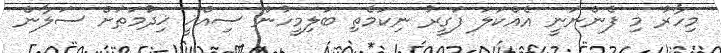
މިހާރު މި ފެންނަނީ އެއްކަލަ ފަގީރު ނިކަމެތި ބަލިމީހުން ސިއްޚީ ޚިދުމަތަށް ސަލާން